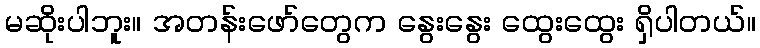
မဆိုးပါဘူး။ အတန်းဖော်တွေက နွေးနွေး ထွေးထွေး ရှိပါတယ်။